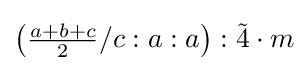
\left({\tfrac {a+b+c}{2}}/c:a:a\right):{\tilde {4}}\cdot m